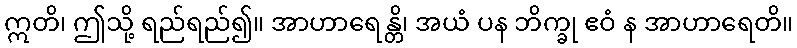
ဣတိ၊ ဤသို့ ရည်ရည်၍။ အာဟာရေန္တိ၊ အယံ ပန ဘိက္ခု ဧဝံ န အာဟာရေတိ။